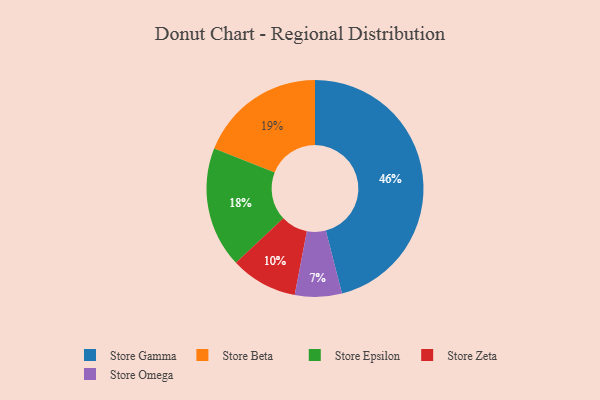
{"axis": {"x": "Category", "y": "Percentage"}, "legend": ["Store Beta", "Store Epsilon", "Store Gamma", "Store Omega", "Store Zeta"], "data": [{"x": "Store Epsilon", "y": 18, "type": "Store Epsilon"}, {"x": "Store Gamma", "y": 46, "type": "Store Gamma"}, {"x": "Store Omega", "y": 7, "type": "Store Omega"}, {"x": "Store Zeta", "y": 10, "type": "Store Zeta"}, {"x": "Store Beta", "y": 19, "type": "Store Beta"}]}